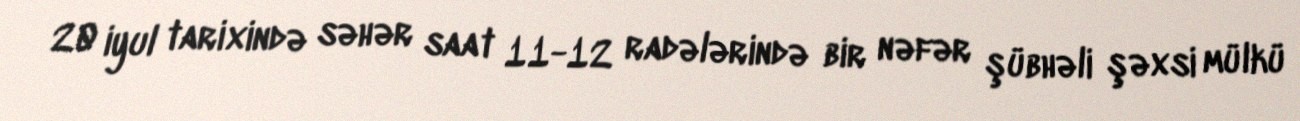
20 iyul tarixində səhər saat 11-12 radələrində bir nəfər şübhəli şəxsi mülkü